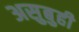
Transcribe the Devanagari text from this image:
असुबुही